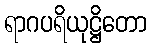
ရာဂပရိယုဋ္ဌိတော